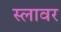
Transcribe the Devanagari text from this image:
स्लावर